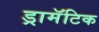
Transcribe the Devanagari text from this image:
ड्रामॅटिक